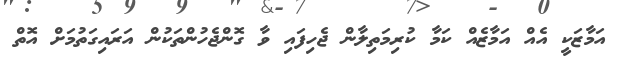
އަމާޒަކީ އެއް އަމާޒެއް ކަމާ ކުރިމަތިލާން ޖެހިފައި ވާ ގޮންޖެހުންތަކުން އަރައިގަތުމަށް އޮތް